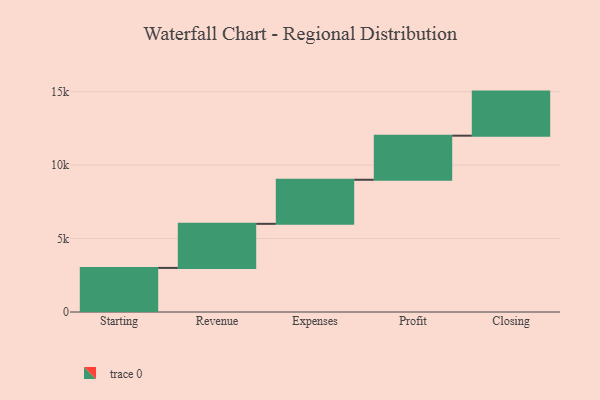
{"axis": {"x": "Step", "y": "Value"}, "legend": [""], "data": [{"x": "Starting", "y": 3000, "type": ""}, {"x": "Revenue", "y": 3000, "type": ""}, {"x": "Expenses", "y": 3000, "type": ""}, {"x": "Profit", "y": 3000, "type": ""}, {"x": "Closing", "y": 3000, "type": ""}]}